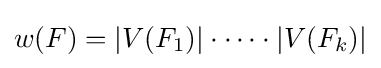
{\textstyle w(F)=|V(F_{1})|\cdot \dots \cdot |V(F_{k})|}